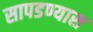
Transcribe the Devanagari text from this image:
सापडण्यास